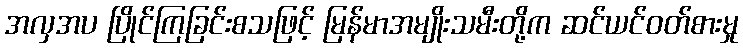
အလှအပ ပြိုင်ကြခြင်းစသဖြင့် မြန်မာအမျိုးသမီးတို့က ဆင်ယင်ဝတ်စားမှု